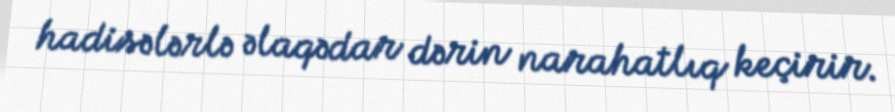
hadisələrlə əlaqədar dərin narahatlıq keçirir.